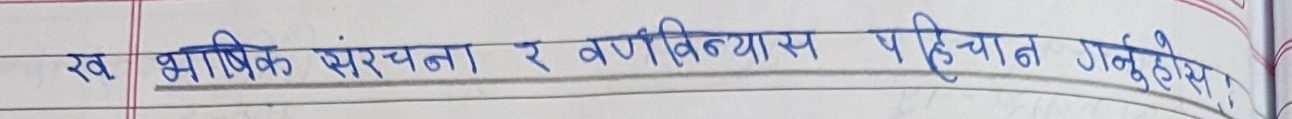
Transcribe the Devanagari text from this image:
ख भाषिक संरचना र वर्णविन्यास पहिचान गर्नुहोस्।